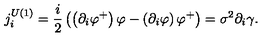
j _ { i } ^ { U ( 1 ) } = \frac { i } { 2 } \left( \left( \partial _ { i } \varphi ^ { + } \right) \varphi - \left( \partial _ { i } \varphi \right) \varphi ^ { + } \right) = \sigma ^ { 2 } \partial _ { i } \gamma \mathrm { . }